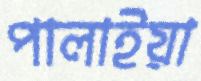
পালাইয়া